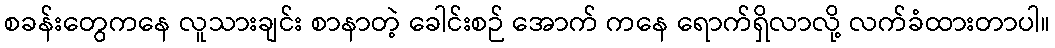
စခန်းတွေကနေ လူသားချင်း စာနာတဲ့ ခေါင်းစဉ် အောက် ကနေ ရောက်ရှိလာလို့ လက်ခံထားတာပါ။